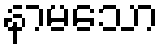
နာမသော